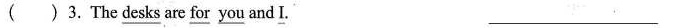
( )3. The \underline{desks} are \underline{for} \underline{you} and \underline{I}. ___